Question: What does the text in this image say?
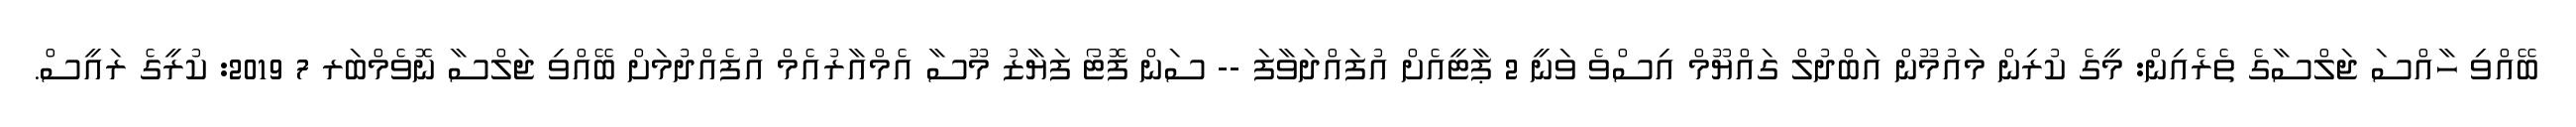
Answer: ބޭއްވި ހާއްސަ ޖަލްސާގެ ތެރެއިން: މީގެ ކުރިން މައުމޫން އަބްދުލް ގައްޔޫމް އިސްވެ ވަނީ 2 ޕާޓީއެށް އުފައްދަވާފަ -- ސަން ފޮޓޯ ފަޔާޒު މޫސާ އެމްއާރުއެމް އުފެއްދުމަށް ބޭއްވި ޖަލްސާ ނޮވެމްބަރ 7 2019: ކުރީގެ ރައީސް.